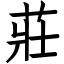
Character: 莊